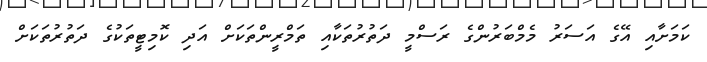
ކަމަށާއި އޭގެ އަސަރު މެމްބަރުންގެ ރަސްމީ ދަތުރުތަކާއި ތަމްރީންތަކަށް އަދި ކޮމިޓީތަކުގެ ދަތުރުތަކަށް